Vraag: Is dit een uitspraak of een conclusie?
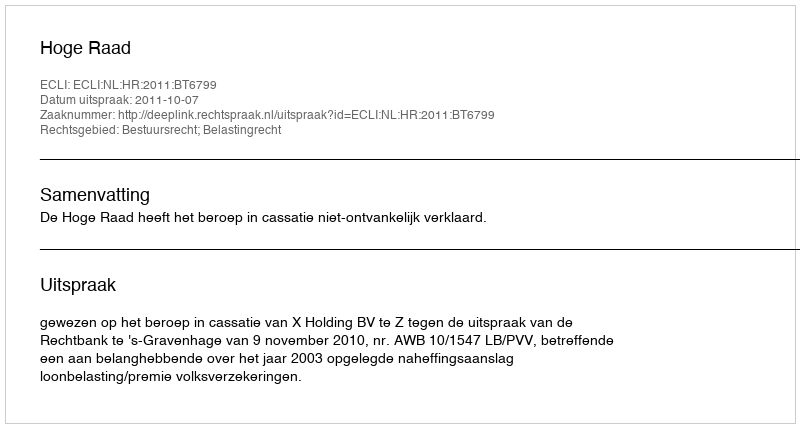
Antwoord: Uitspraak